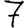
Digit: 7